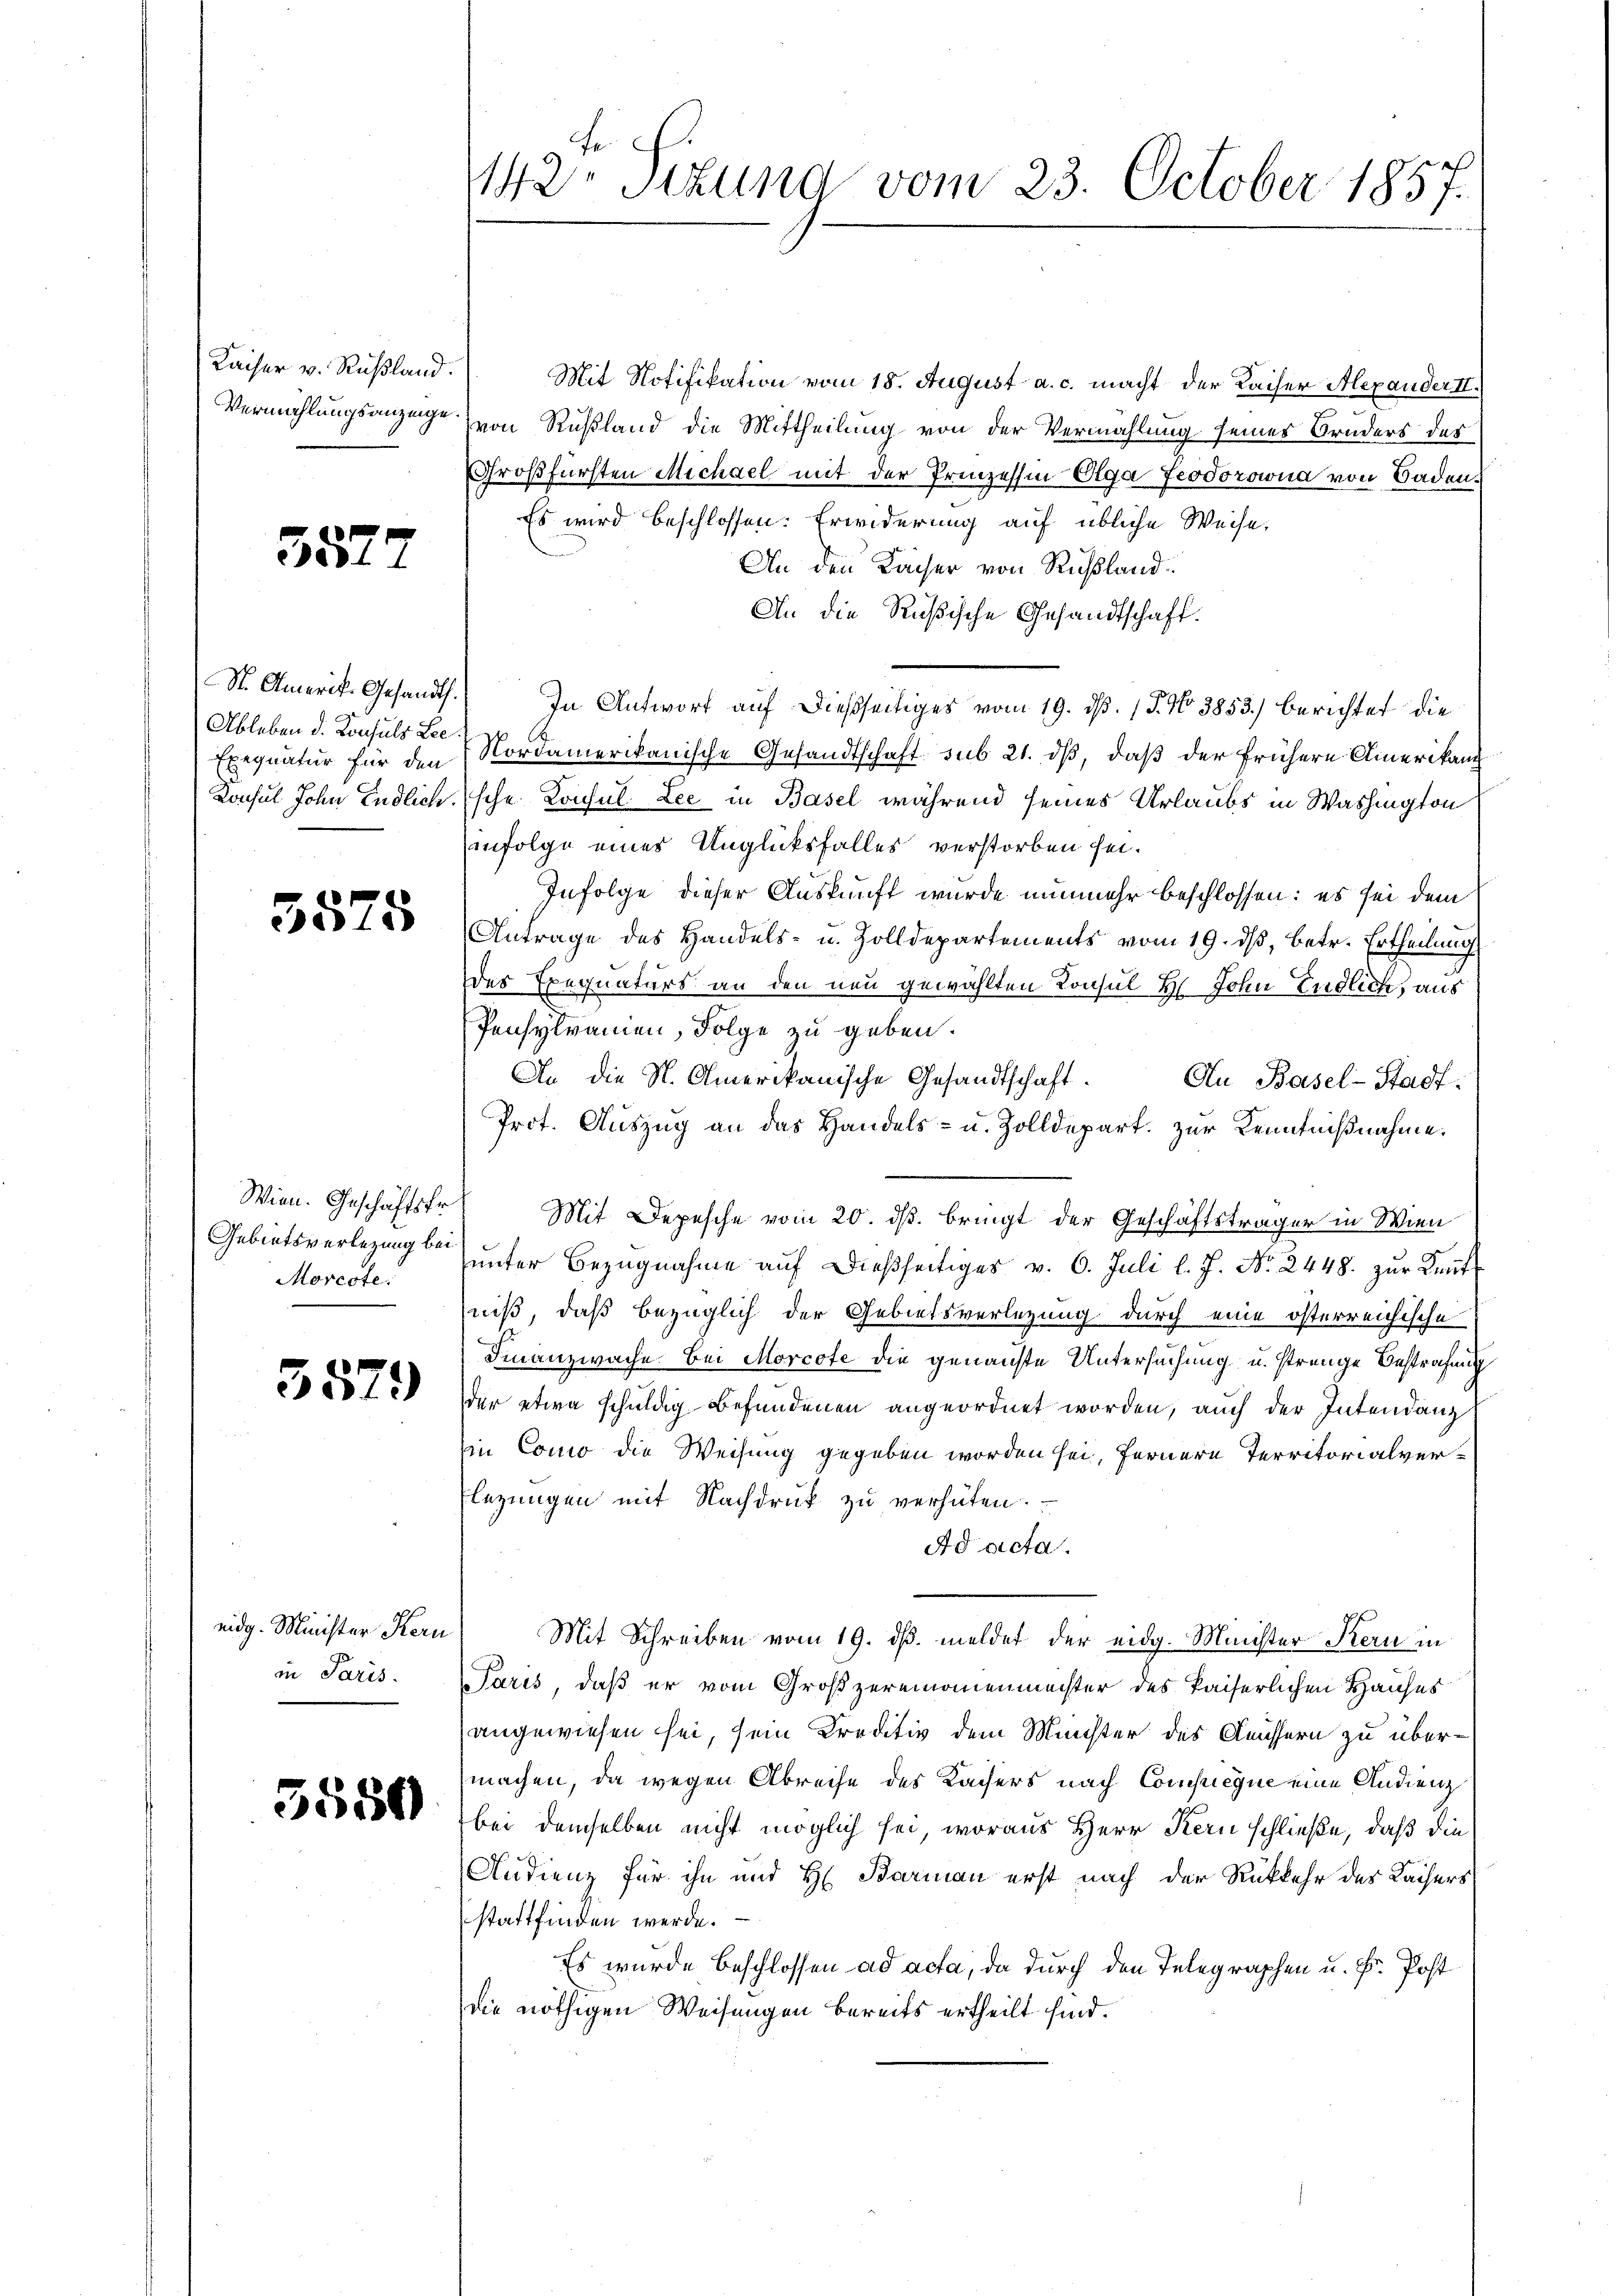
Kaiser v. Rußland.

5572

St. Amerit. Gesandt.
Ableben d. Konsuls Lee
Exequatur für den

3575

Gebietsverlegung bei
Morcote:

3579

eidg. Minister Kern
in Paris.

3580

Mit Notifikation vom 18. August a. c. macht der Kaiser Alexander II.
Vermählungsanzeige von Rußland die Mittheilung von der Vermahlung seines Bruders des
Großfürsten Michael mit der Prinzessin Olga feodorowna von Baden¬
Es wird beschlossen: Erwiderung auf übliche Weise.
An den Kaiser von Rußland
An die Rußische Gesandtschaft.
In Antwort auf dießseitiges vom 19. ds. (T. No 3853.) Berichtet die
Nordamerikanische Gesandtschaft sub 21. ds, daß der frühern Amerikan
Konsul John Endlich sche Konsul ee in Basel während seines Urlaubs in Washington
infolge eines Unglücksfalles verstorben sei.
Infolge dieser Auskunft wurde nunmehr beschlossen: es sei dem
Antrage des Handels- u. Zolldepartements vom 19. ds, betr. Ertheilung
es Exequaturs an den neu gewählten Konsul H. John Endlich, aus
Pensylramen, Folge zu geben.
An die St. Amerikanische Gesandtschaft. An Basel-Stadt¬
Prot. Auszug an das Handels- u. Zolldepart. Zur Kenntnißnahme.
Wien. Geschäftsfr. Mit Depesche vom 20. ds. bringt der Geschäftsträger in Wien
ŭnter Bezŭgnahme aŭf dießseitiges v. 6. Juli l. J. No. 2448. zŭr Keṅt-
niß, daß bezüglich der Gebietsverlegung durch eine österreichische
Finanzwache. Bei Morcote die genanste Untersuchung u. strenge Bestrafung
der etwa schuldig befundenen angeordnet worden, auch der Intendang
in Como die Weisung gegeben worden sei, fernere Territorialver¬
Elegungen mit Nachdruk zu verhüten.
Ad acta.
) Mit Schreiben vom 19. dß. meldet der eidg. Minister Stern in
Paris, daß er vom Großzereinamenmeister des kaiserlichen Hauses
angewiesen sei, sein Kreditiv dem Münster des Aeussern zu übermachen, da wegen Abreise des Kaisers nach Compuesue eine Andienz
bei demselben nicht möglich sei, woraus Herr Kern schließe, daß die
Audienz für ihn und H. Barman erst nach der Rückkehr des Kaisers
stattfinden werde.
Es wurde beschlossen ad acta, da durch den Telegraphen u. F. Post
die nöthigen Weisungen bereits ertheilt sind.

142. Titung vom 23. October 1857.